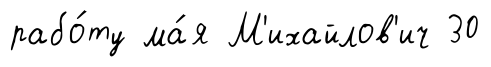
рабо́ту ма́я М'ихайлов'ич 30